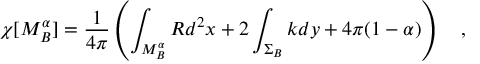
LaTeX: \chi [ M _ { B } ^ { \alpha } ] = { \frac { 1 } { 4 \pi } } \left( \int _ { M _ { B } ^ { \alpha } } R d ^ { 2 } x + 2 \int _ { \Sigma _ { B } } k d y + 4 \pi ( 1 - \alpha ) \right) ~ ~ ~ ,